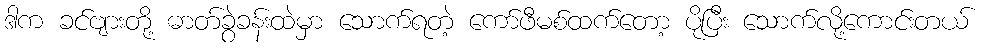
ဒါက ခင်ဗျားတို့ ဓာတ်ခွဲခန်းထဲမှာ သောက်ရတဲ့ ကော်ဖီမစ်ထက်တော့ ပိုပြီး သောက်လို့ကောင်းတယ်